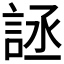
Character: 𰴶